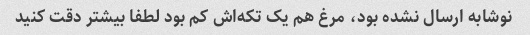
نوشابه ارسال نشده بود، مرغ هم یک تکه‌اش کم بود لطفا بیشتر دقت کنید